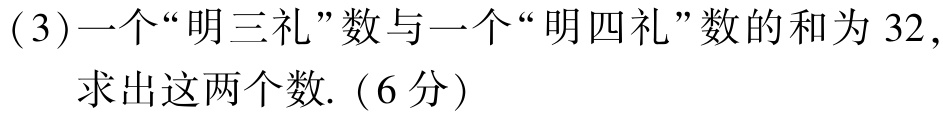
(3)一个“明三礼”数与一个“明四礼”数的和为$32$，

求出这两个数.（6分）